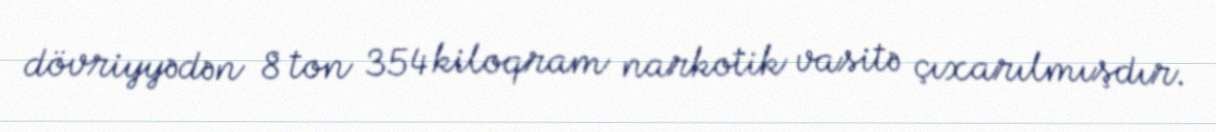
dövriyyədən 8 ton 354 kiloqram narkotik vasitə çıxarılmışdır.